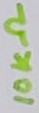
Text: 10KΩ